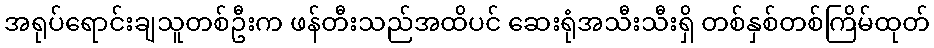
အရုပ်ရောင်းချသူတစ်ဦးက ဖန်တီးသည်အထိပင် ဆေးရုံအသီးသီးရှိ တစ်နှစ်တစ်ကြိမ်ထုတ်